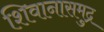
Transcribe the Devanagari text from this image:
शिवानासमुद्र